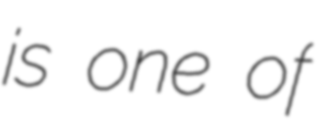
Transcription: is one of